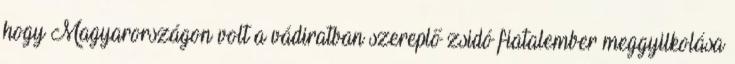
hogy Magyarországon volt a vádiratban szereplő zsidó fiatalember meggyilkolása